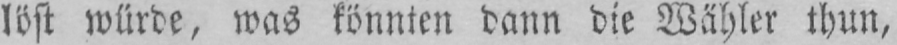
löst würde, was könnten dann die Wähler thun,